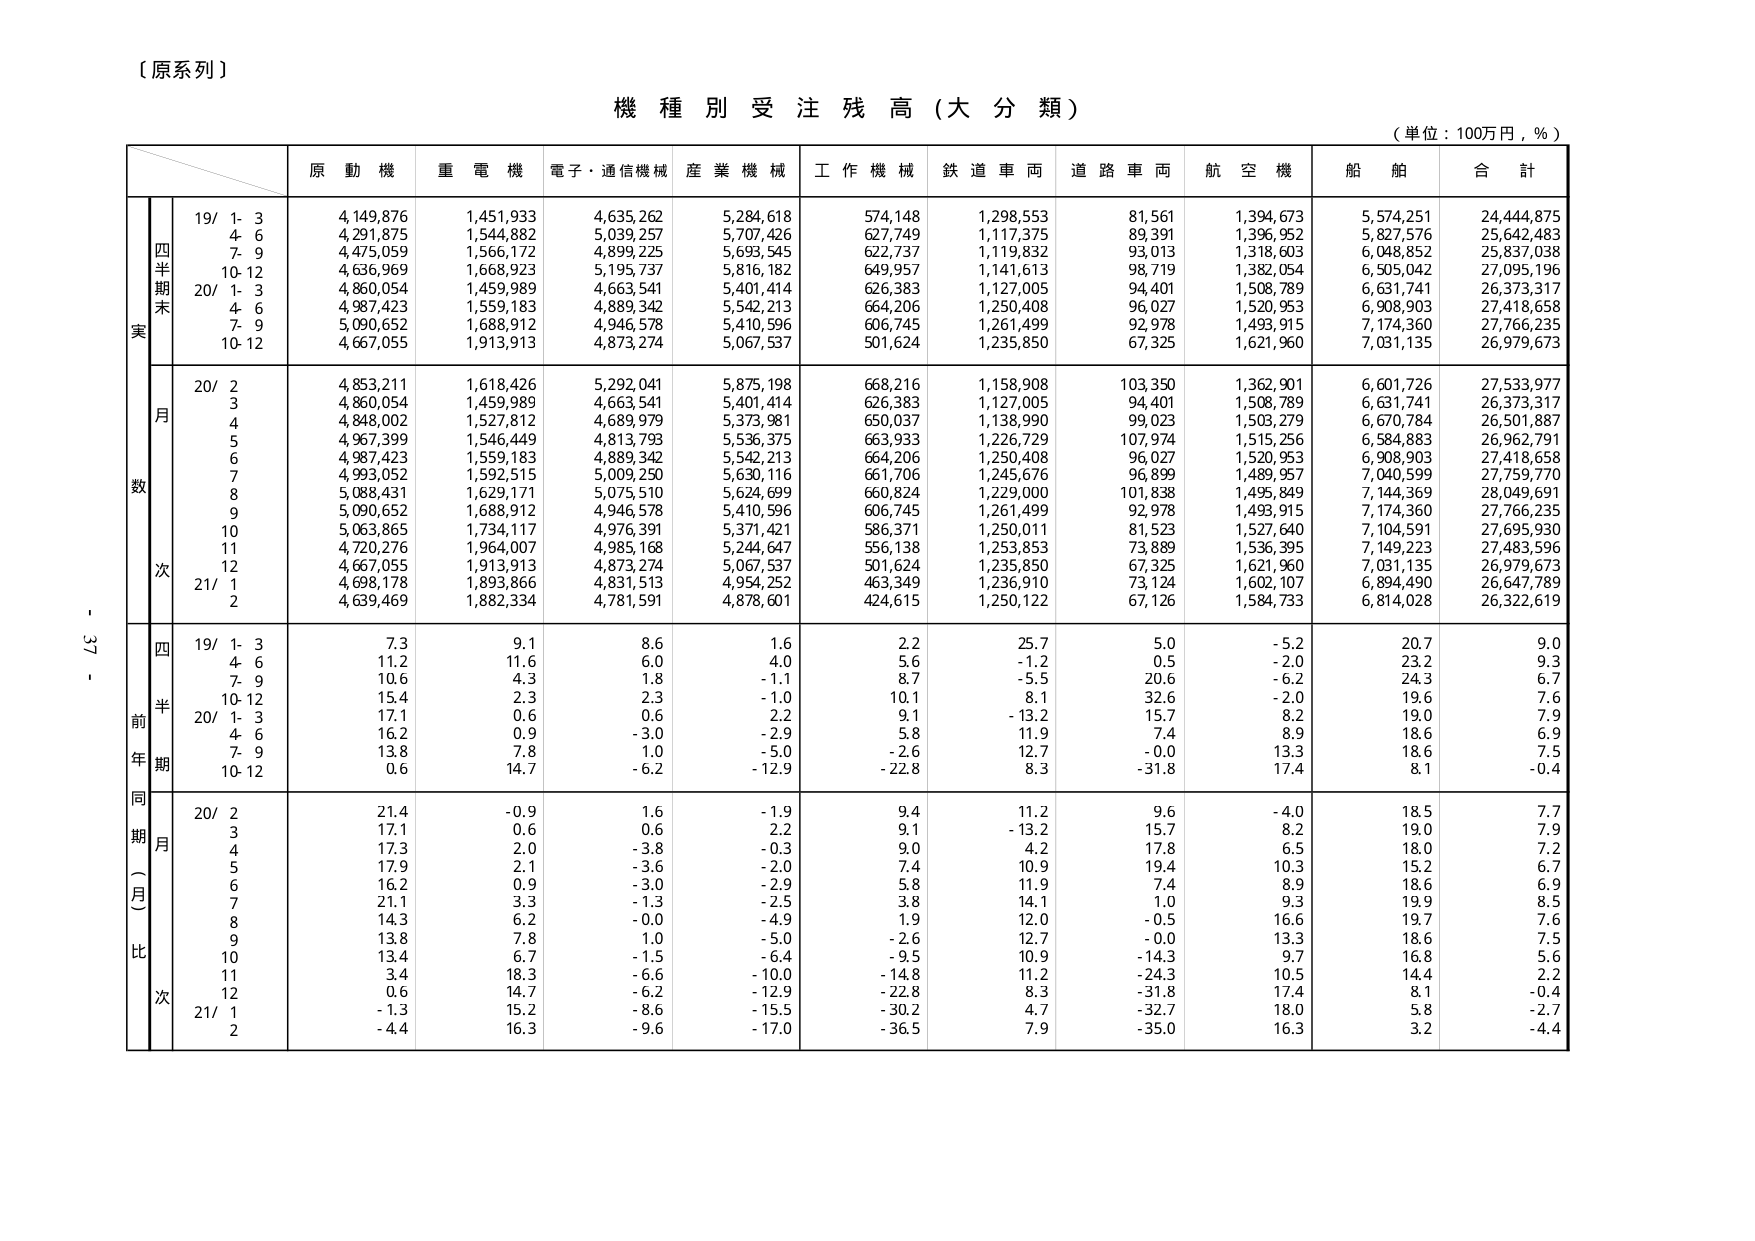
〔原系列〕

機種別受注残高（大分類）

（単位：100万円，％）